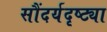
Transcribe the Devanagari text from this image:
सौंदर्यदृष्ट्या